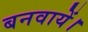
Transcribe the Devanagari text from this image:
बनवायें।